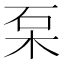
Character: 䂞